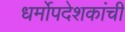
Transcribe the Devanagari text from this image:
धर्मोपदेशकांची